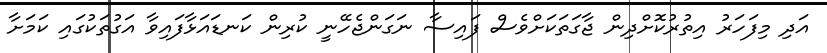
އަދި މިފަހަރު އިތުރުކޮށްދިން ޖާގަތަކަށްވެސް ފައިސާ ނަގަންޖެހޭނީ ކުރިން ކަނޑައަޅާފައިވާ އަގުތަކުގައި ކަމަށާ